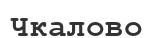
Чкалово